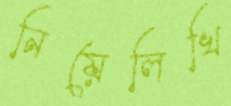
নিয়েলিখি